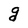
Character: g